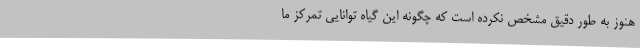
هنوز به طور دقیق مشخص نکرده است که چگونه این گیاه توانایی تمرکز ما